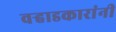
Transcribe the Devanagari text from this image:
वऱ्हाडकारांनी